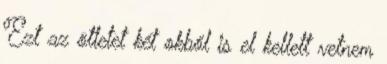
Ezt az ötletet két okból is el kellett vetnem